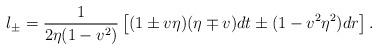
LaTeX: \begin{align*} l_\pm=\frac{1}{2\eta(1-v^2)}\left[(1\pm v\eta)(\eta\mp v)dt\pm(1-v^2\eta^2)dr\right].\end{align*}